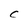
Character: C